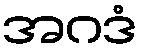
အဂဒံ